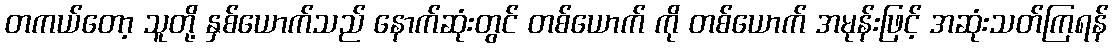
တကယ်တော့ သူတို့ နှစ်ယောက်သည် နောက်ဆုံးတွင် တစ်ယောက် ကို တစ်ယောက် အမုန်းဖြင့် အဆုံးသတ်ကြရန်